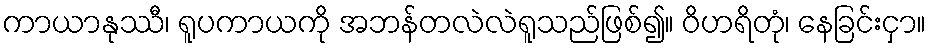
ကာယာနုဿီ၊ ရူပကာယကို အဘန်တလဲလဲရူသည်ဖြစ်၍။ ဝိဟရိတုံ၊ နေခြင်းငှာ။